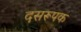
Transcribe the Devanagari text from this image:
दसरूपक